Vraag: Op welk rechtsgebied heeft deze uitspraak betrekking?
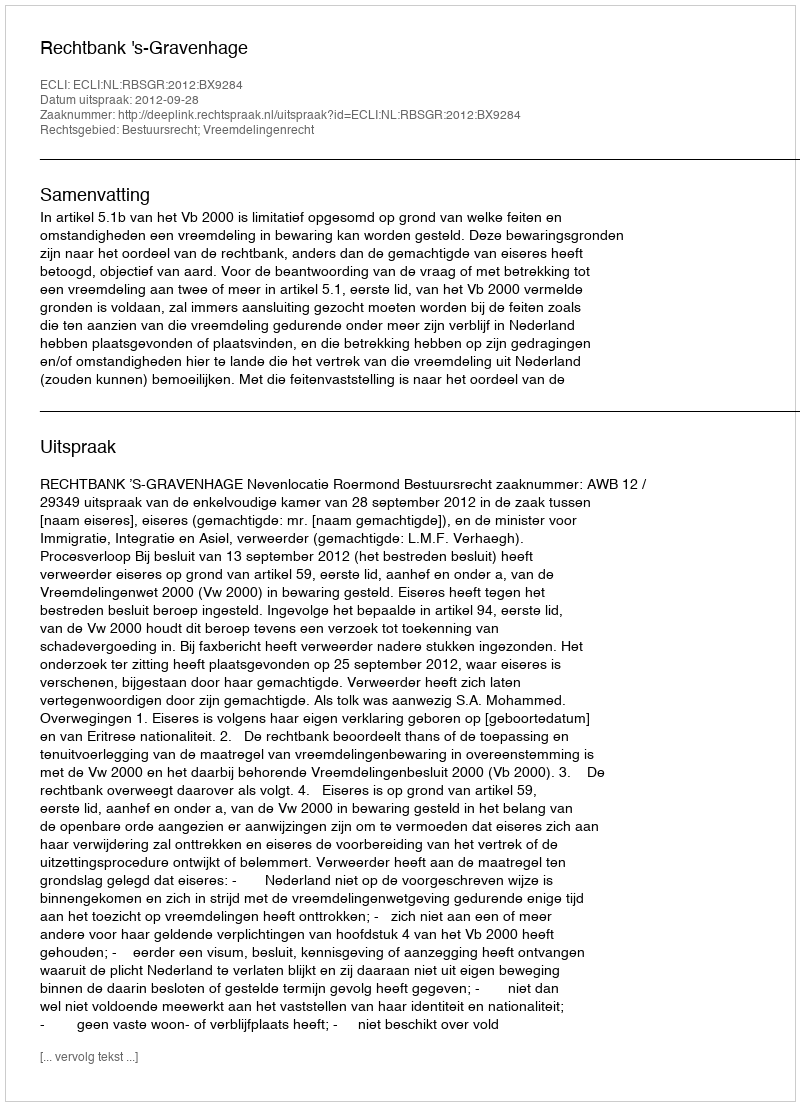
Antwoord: Bestuursrecht; Vreemdelingenrecht